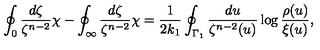
\oint _ { 0 } \frac { d \zeta } { \zeta ^ { n - 2 } } \chi - \oint _ { \infty } \frac { d \zeta } { \zeta ^ { n - 2 } } \chi = \frac { 1 } { 2 k _ { 1 } } \oint _ { \Gamma _ { 1 } } \frac { d u } { \zeta ^ { n - 2 } ( u ) } \log \frac { \rho ( u ) } { \xi ( u ) } ,